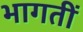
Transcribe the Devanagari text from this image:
भागतीं